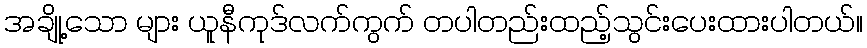
အချို့သော များ ယူနီကုဒ်လက်ကွက် တပါတည်းထည့်သွင်းပေးထားပါတယ်။